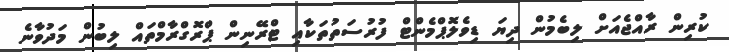
ކުރިން ރާއްޖެއަށް ލިބެމުން ދިޔަ ޑިވެލޮޕްމެންޓް ފުރުސަތުތަކާއި ޓްރޭނިން ޕްރޮގްރާމްތައް ލިބުން މަދުވާނެ